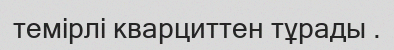
темірлі кварциттен тұрады .